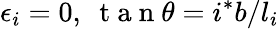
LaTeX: \epsilon_{i}=0,\ \mathrm{~t~a~n~}\theta=i^{*}b/l_{i}